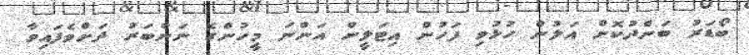
ބޯޑަރު ބަންދުކޮށް އަލުން ހުޅުވި ފަހުން އިޓަލީން އަންނަ މީހުންގެ ނަންބަރު ދަށްވެފައިވާ